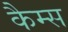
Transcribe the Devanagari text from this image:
कैम्स